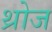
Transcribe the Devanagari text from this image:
थ्रोज